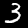
Digit: 3